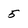
Character: 5